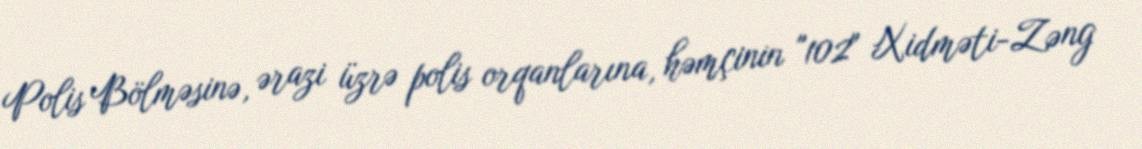
Polis Bölməsinə, ərazi üzrə polis orqanlarına, həmçinin "102" Xidməti-Zəng